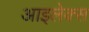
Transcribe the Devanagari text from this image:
आइलेक्स